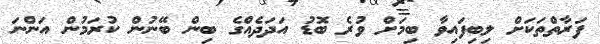
ފަރާތްތަކަށް ލިބިފައިވާ ބިމަށް ވުރެ ބޮޑު އަދަދެއްގެ ބިން ބޭނުން ކުރަމުން އަންނަ